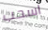
اسحب